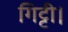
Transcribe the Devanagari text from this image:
गिट्टी।